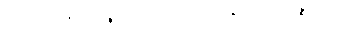
ထိုသင်္ခါရအာရုံကို။ မုဉ္စိုယ။ လွှတ်၍။ ဂေါတြဘုနာ၊ ဂေါတြဘူစိတ်ဖြင့်။